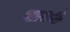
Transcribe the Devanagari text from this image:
शरदां